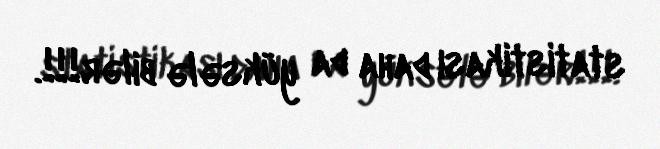
statistikası daha da yüksələ bilər!!!.